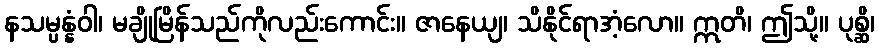
နသမ္ပန္နံဝါ၊ မချိုမြိန်သည်ကိုလည်းကောင်း။ ဇာနေယျ၊ သိနိုင်ရာအံ့လော။ ဣတိ၊ ဤသို့။ ပုစ္ဆိ၊